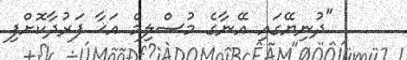
"ދުނިޔޭގައި އޭނާގެ މުސްލިމް އަޚާ ފަރުދާކޮށްފި